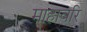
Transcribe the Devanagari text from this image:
माहावरि